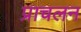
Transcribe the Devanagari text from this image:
प्राचलन